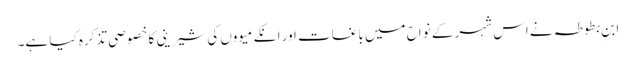
ابنِ بطوطہ نے اس شہر کے نواح میں باغات اور انکے میووں کی شیرینی کا خصوصی تذکرہ کیا ہے۔